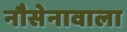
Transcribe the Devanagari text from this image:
नौसेनावाला